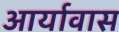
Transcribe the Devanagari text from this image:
आर्यावास